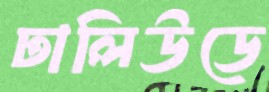
ঢালিউডে